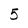
Character: 5